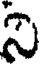
న